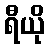
ရီယို